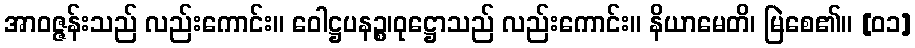
အာဝဇ္ဇန်းသည် လည်းကောင်း။ ဝေါဋ္ဌပနဉ္စ၊ဝုဋ္ဌောသည် လည်းကောင်း။ နိယာမေတိ၊ မြဲစေ၏။ [၀၁]